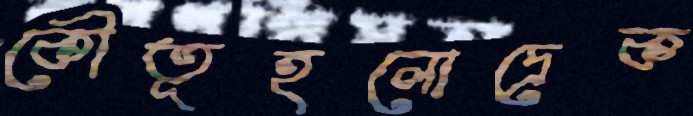
কৌতূহলোদ্রেক